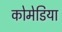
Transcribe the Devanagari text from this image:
कोमेडिया